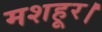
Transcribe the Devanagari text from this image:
मशहूर।